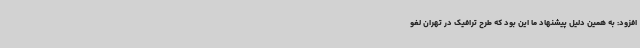
افزود: به همین دلیل پیشنهاد ما این بود که طرح ترافیک در تهران لغو